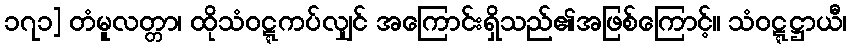
၁၇၁] တံမူလတ္တာ၊ ထိုသံဝဋ္ဋကပ်လျှင် အကြောင်းရှိသည်၏အဖြစ်ကြောင့်။ သံဝဋ္ဋဋ္ဌာယီ၊